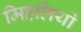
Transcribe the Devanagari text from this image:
मिहलियो